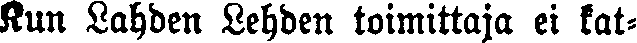
Kun Lahden Lehden toimittaja ei kat-